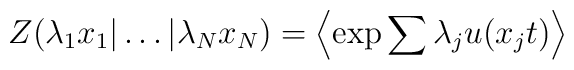
Z( \lambda_{1} x_{1} | \ldots | \lambda_{N} x_{N} ) = \left\langle\exp{\sum{\lambda_{j}u(x_{j} t)}} \right\rangle